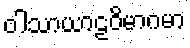
ဝါသာယာဠဝိမာဂမာ